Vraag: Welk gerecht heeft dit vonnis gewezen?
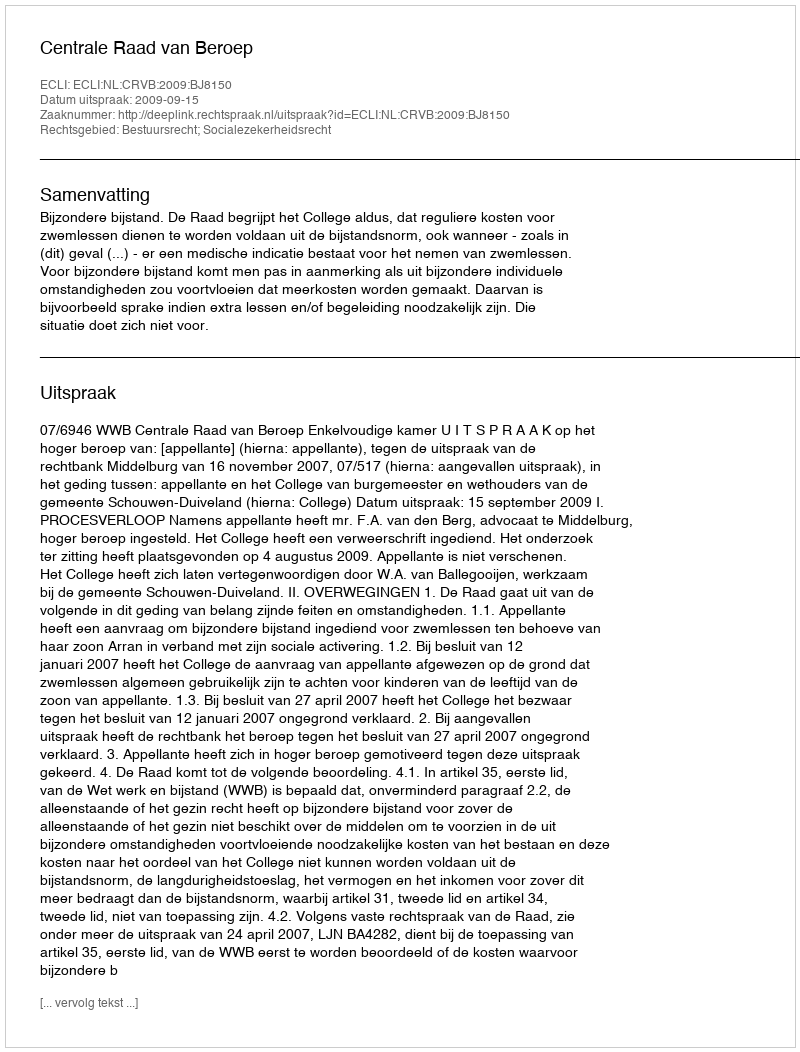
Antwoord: Centrale Raad van Beroep